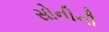
સોનીની